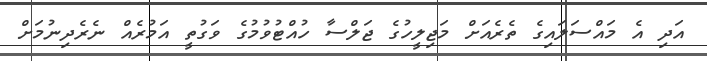
އަދި އެ މައްސަލައިގެ ތެރެއަށް މަޖިލީހުގެ ޖަލްސާ ހުއްޓުވުމުގެ ވަގުތީ އަމުރެއް ނެރެދިނުމަށް